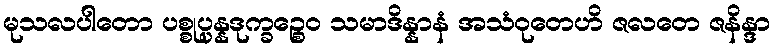
မုသလပါတော ပစ္စုပ္ပန္နဒုက္ခဉ္စေဝ သမာဒိန္နာနံ အသံဝုတေဟိ ဇလတေ ဇနိန္ဒာ